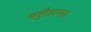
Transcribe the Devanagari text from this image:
चहुँतरफा